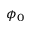
\phi _ { 0 }